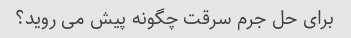
برای حل جرم سرقت چگونه پیش می روید؟